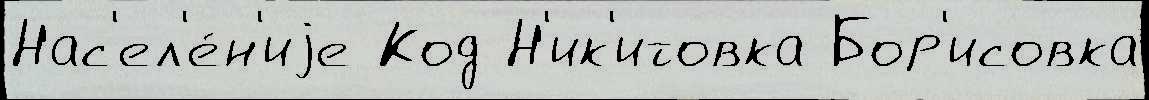
Нас'ел'е́н'иjе Код Н'ик'итовка Бор'исовка